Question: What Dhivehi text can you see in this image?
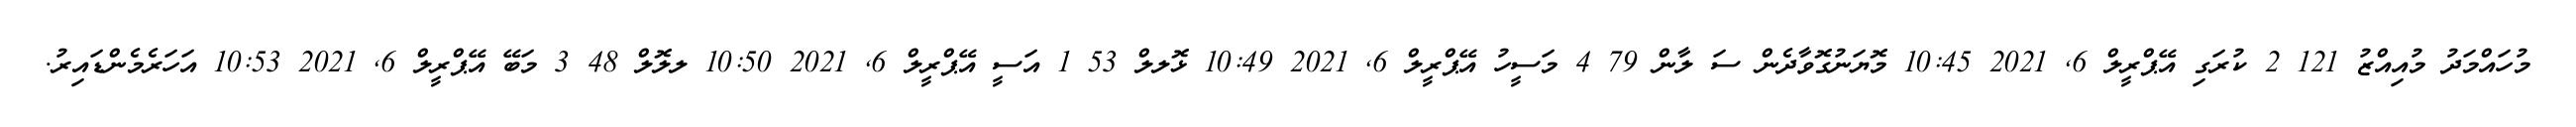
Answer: މުހައްމަދު މުއިއްޒު 121 2 ކުރަގި އޭޕްރީލް 6, 2021 10:45 މޮޔަނުގޮވާދެން ސަ ލާން 79 4 މަސީހު އޭޕްރީލް 6, 2021 10:49 ޅޮލލް 53 1 އަސީ އޭޕްރީލް 6, 2021 10:50 ލލޮލް 48 3 މަބޭ އޭޕްރީލް 6, 2021 10:53 އަހަރެމެންޑައިރު.